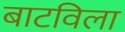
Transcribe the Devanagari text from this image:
बाटविला